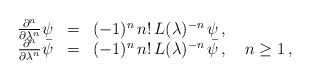
\begin{align*}\begin{array}{rcl}\frac{\partial^n}{\partial \lambda^{n}} \psi&=&(-1)^n\,n!\,L(\lambda)^{-n}\,\psi\,,\\\frac{\partial^n}{\partial \lambda^{n}} \bar{\psi}&=&(-1)^n\,n!\,L(\lambda)^{-n}\,\bar{\psi}\,,\quad n\geq 1\,,\end{array}\end{align*}